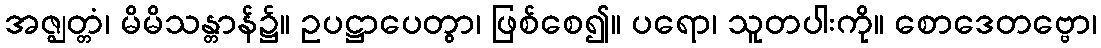
အဇ္ဈတ္တံ၊ မိမိသန္တာန်၌။ ဥပဋ္ဌာပေတွာ၊ ဖြစ်စေ၍။ ပရော၊ သူတပါးကို။ စောဒေတဗ္ဗော၊